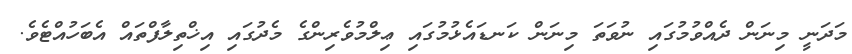
މަދަނީ މިނަން ދެއްވުމުގައި ނުވަތަ މިނަން ކަނޑައެޅުމުގައި ޢިލްމުވެރިންގެ މެދުގައި އިޚްތިލާފްތައް އެބަހުއްޓެވެ.